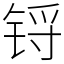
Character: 锊